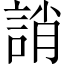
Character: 誚